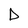
Character: D